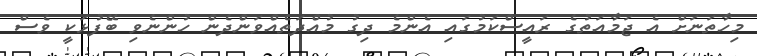
މިހާތަނަށް އެ ޖަމާއަތުގެ ރައީސްކަމުގައި އެންމެ ދިގު މުއްދަތެއްވަންދެން ހުންނެވި ބޭފުޅަކީ ވެސް